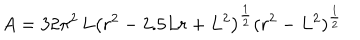
A = 3 2 \pi ^ { 2 } \, L \left( r ^ { 2 } - 2 . 5 L r + L ^ { 2 } \right) ^ { \frac { 1 } { 2 } } ( r ^ { 2 } - L ^ { 2 } ) ^ { \frac { 1 } { 2 } }